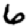
Digit: 6